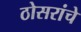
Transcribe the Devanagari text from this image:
ठोसरांचे